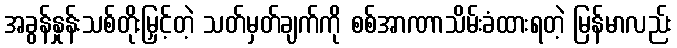
အခွန်နှုန်းသစ်တိုးမြှင့်တဲ့ သတ်မှတ်ချက်ကို စစ်အာဏာသိမ်းခံထားရတဲ့ မြန်မာလည်း